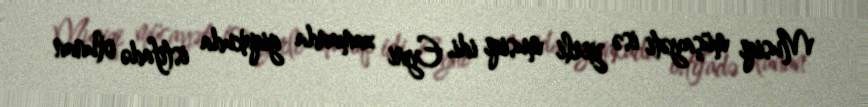
Musiqi müşayəti isə yerli musiqi idi. Eyni zamanda giqakuda istifadə olunan